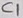
Text: C1